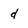
Character: d